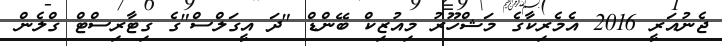
ޖެނުއަރީ 2016 އެމެރިކާގެ މަޝްހޫރު މިއުޒިކް ބޭންޑް "ދަ އީގަލްސް"ގެ ގިޓާރިސްޓް ގްލެން